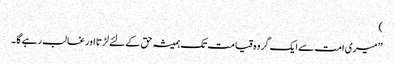
)
’’میری امت سے ایک گروہ قیامت تک ہمیشہ حق کے لئے لڑتا اور غالب رہے گا ۔